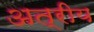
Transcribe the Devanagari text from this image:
अत्रीय